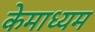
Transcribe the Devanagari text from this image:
केमाध्यम